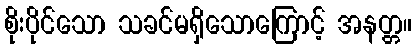
စိုးပိုင်သော သခင်မရှိသောကြောင့် အနတ္တ။